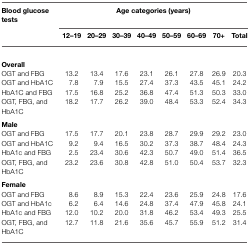
<table><thead><tr><td><b>Blood glucosetests</b></td><td colspan="8"><b>Age categories (years)</b></td></tr><tr><td></td><td><b>12–19</b></td><td><b>20–29</b></td><td><b>30–39</b></td><td><b>40–49</b></td><td><b>50–59</b></td><td><b>60–69</b></td><td><b>70+</b></td><td><b>Total</b></td></tr></thead><tbody><tr><td><b>Overall</b></td></tr><tr><td>OGT and FBG</td><td>13.2</td><td>13.4</td><td>17.6</td><td>23.1</td><td>26.1</td><td>27.8</td><td>26.9</td><td>20.3</td></tr><tr><td>OGT and HbA1C</td><td>7.8</td><td>7.9</td><td>15.5</td><td>27.4</td><td>37.3</td><td>43.5</td><td>45.1</td><td>24.2</td></tr><tr><td>HbA1C and FBG</td><td>17.5</td><td>16.8</td><td>25.2</td><td>36.8</td><td>47.4</td><td>51.3</td><td>50.3</td><td>33.0</td></tr><tr><td>OGT, FBG, and HbA1C</td><td>18.2</td><td>17.7</td><td>26.2</td><td>39.0</td><td>48.4</td><td>53.3</td><td>52.4</td><td>34.3</td></tr><tr><td><b>Male</b></td></tr><tr><td>OGT and FBG</td><td>17.5</td><td>17.7</td><td>20.1</td><td>23.8</td><td>28.7</td><td>29.9</td><td>29.2</td><td>23.0</td></tr><tr><td>OGT and HbA1C</td><td>9.2</td><td>9.4</td><td>16.5</td><td>30.2</td><td>37.3</td><td>38.7</td><td>48.4</td><td>24.3</td></tr><tr><td>HbA1c and FBG</td><td>2.5</td><td>23.4</td><td>30.6</td><td>42.3</td><td>50.7</td><td>49.0</td><td>51.4</td><td>36.5</td></tr><tr><td>OGT, FBG, and HbA1C</td><td>23.2</td><td>23.6</td><td>30.8</td><td>42.8</td><td>51.0</td><td>50.4</td><td>53.7</td><td>32.3</td></tr><tr><td><b>Female</b></td></tr><tr><td>OGT and FBG</td><td>8.6</td><td>8.9</td><td>15.3</td><td>22.4</td><td>23.6</td><td>25.9</td><td>24.8</td><td>17.6</td></tr><tr><td>OGT and HbA1c</td><td>6.2</td><td>6.4</td><td>14.6</td><td>24.8</td><td>37.4</td><td>47.9</td><td>45.8</td><td>24.1</td></tr><tr><td>HbA1c and FBG</td><td>12.0</td><td>10.2</td><td>20.0</td><td>31.8</td><td>46.2</td><td>53.4</td><td>49.3</td><td>25.5</td></tr><tr><td>OGT, FBG, and HbA1C</td><td>12.7</td><td>11.8</td><td>21.6</td><td>35.6</td><td>45.7</td><td>55.9</td><td>51.2</td><td>31.4</td></tr></tbody></table>